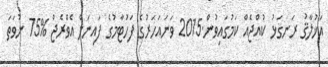
އަޚުލާޤު ރަނގަޅު ކުއްޖެއް ކަމުގައިވުން.2015 ވަނައަހަރުގެ ފަހުޓާމުގެ ފައިނަލް އެވްރެޖް %75 ނުވަތަ